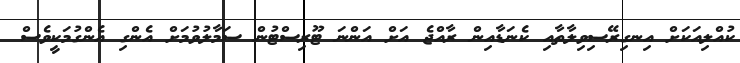
ކުއްލިއަކަށް އިނގިރޭސިވިލާތާއި ކެނަޑާއިން ރާއްޖެ އަށް އަންނަ ޓޫރިސްޓުން ސަމާލުވުމަށް އެންގި އެންގުމަކީވެސް